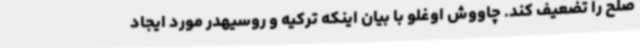
صلح را تضعیف کند. چاووش اوغلو با بیان اینکه ترکیه و روسیهدر مورد ایجاد